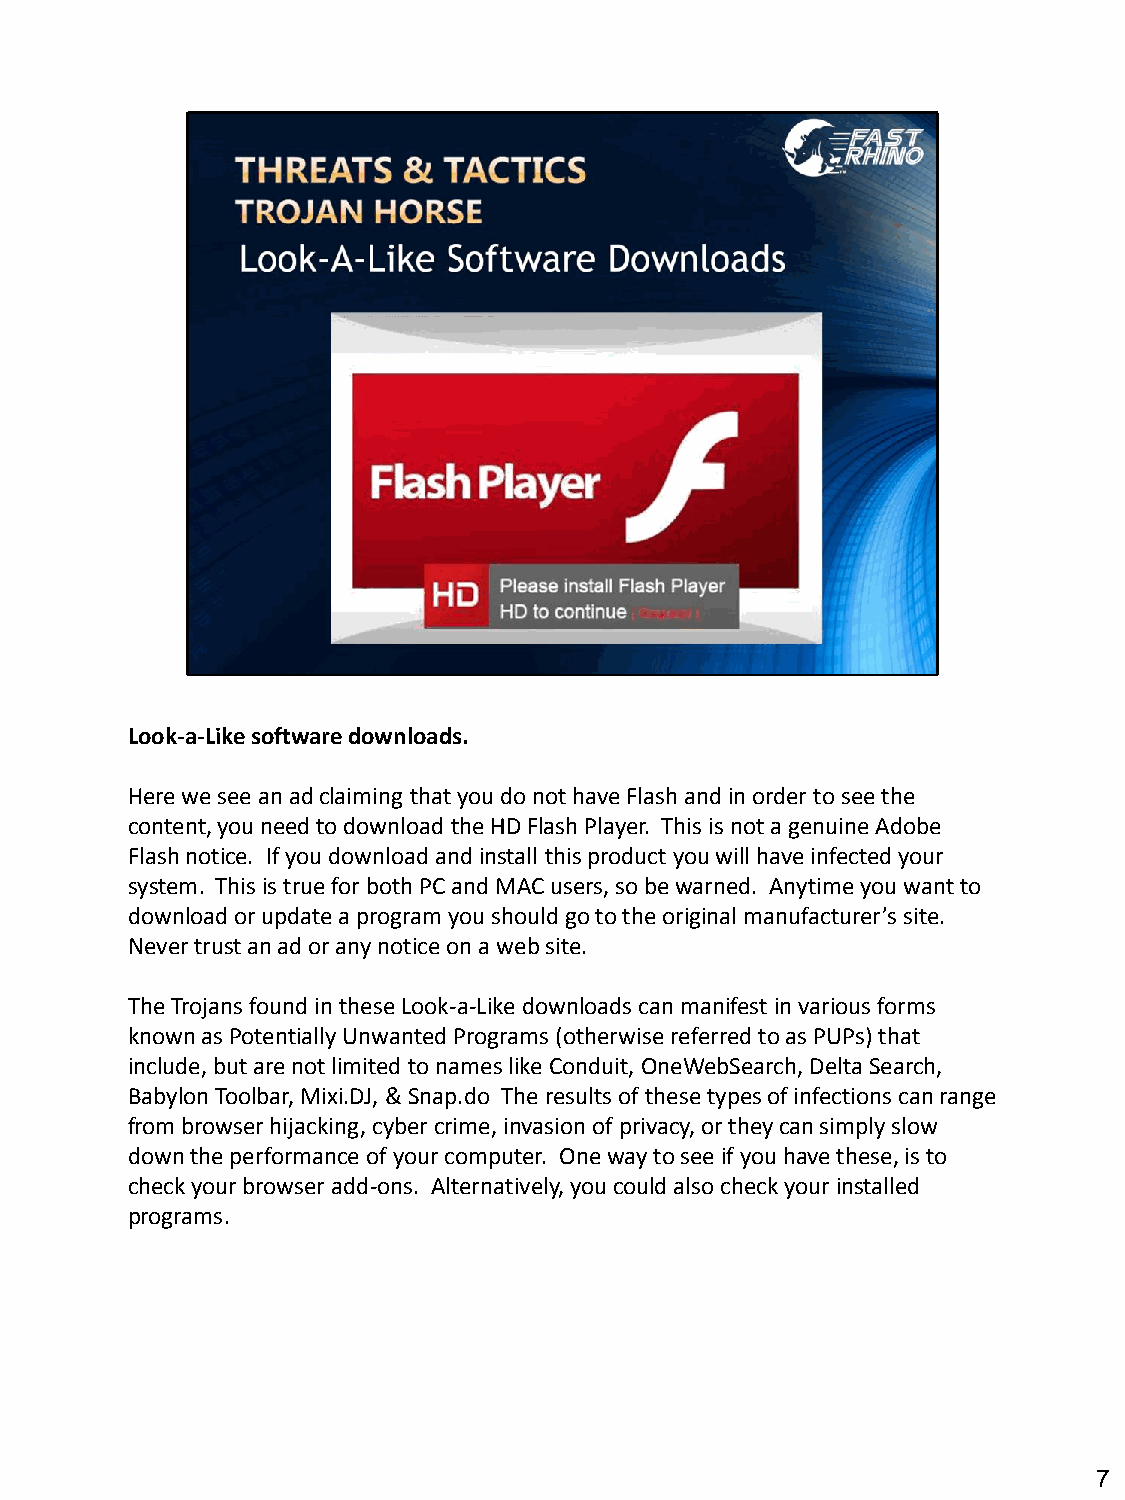
Look-a-Like software downloads.
 Here we see an ad claiming that you do not have Flash and in order to see the
 content, you need to download the HD Flash Player. This is not a genuine Adobe
 Flash notice. If you download and install this product you will have infected your
 system. This is true for both PC and MAC users, so be warned. Anytime you want to
 download or update a program you should go to the original manufacturer’s site.
 Never trust an ad or any notice on a web site.
 The Trojans found in these Look-a-Like downloads can manifest in various forms
 known as Potentially Unwanted Programs (otherwise referred to as PUPs) that
 include, but are not limited to names like Conduit, OneWebSearch, Delta Search,
 Babylon Toolbar, Mixi.DJ, & Snap.do The results of these types of infections can range
 from browser hijacking, cyber crime, invasion of privacy, or they can simply slow
 down the performance of your computer. One way to see if you have these, is to
 check your browser add-ons. Alternatively, you could also check your installed
 programs.
 7